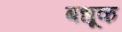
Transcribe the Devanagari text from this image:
बधूक